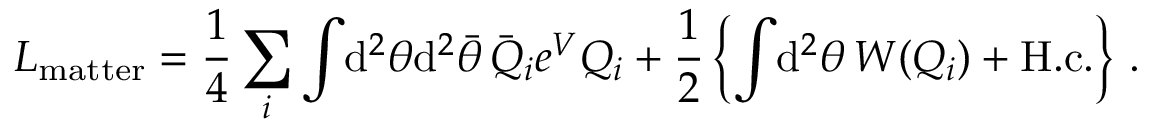
{ \cal L } _ { \mathrm { m a t t e r } } = \frac { 1 } { 4 } \sum _ { i } \int \! \mathrm { d } ^ { 2 } \theta \mathrm { d } ^ { 2 } \bar { \theta } \, \bar { Q } _ { i } e ^ { V } Q _ { i } + \frac { 1 } { 2 } \left\{ \int \! \mathrm { d } ^ { 2 } \theta \, { \cal W } ( Q _ { i } ) + \mathrm { H . c . } \right\} \, .